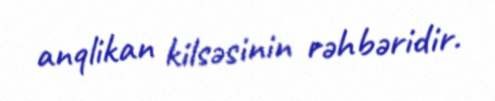
anqlikan kilsəsinin rəhbəridir.